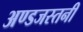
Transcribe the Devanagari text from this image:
अण्डजस्तनी